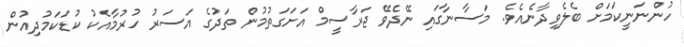
ހުންނަނީކަމަށް ބެލެވިދާނެއެވެ. މަސާނާގައި ނޭދެވޭ ޖަރާސީމް އަށަގަތުމުން ތަދުގެ އަސަރު ހުރުމާއެކު ކުޑަކަމުދިއުން